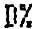
D%